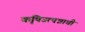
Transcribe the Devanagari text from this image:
कृषिउत्पन्नाची